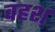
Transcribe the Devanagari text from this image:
वहश्